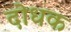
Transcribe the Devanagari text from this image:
दोधक